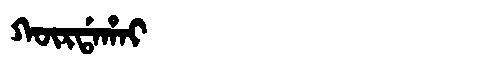
Manchu: ᡴᡡᡵᡩᠠᡥᠠᡳ
Romanization: KŪRDAHAI